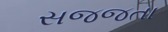
સજજતા